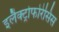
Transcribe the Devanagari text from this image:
इलैक्ट्रोफोरेसिस